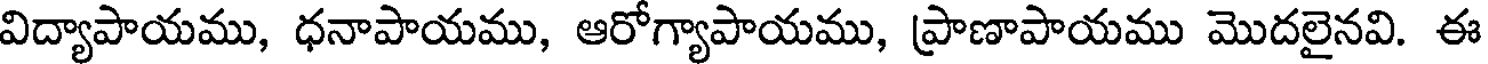
విద్యాపాయము, ధనాపాయము, ఆరోగ్యాపాయము, ప్రాణాపాయము మొదలైనవి. ఈ